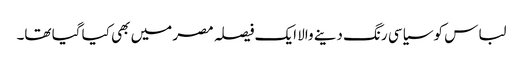
لباس کو سیاسی رنگ دینے والا ایک فیصلہ مصر میں بھی کیا گیا تھا۔